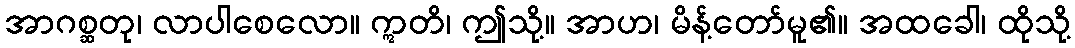
အာဂစ္ဆတု၊ လာပါစေလော။ ဣတိ၊ ဤသို့။ အာဟ၊ မိန့်တော်မူ၏။ အထခေါ၊ ထိုသို့